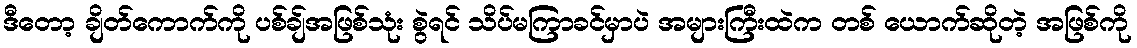
ဒီတော့ ချိတ်ကောက်ကို ပစ်ချ်အဖြစ်သုံး စွဲရင် သိပ်မကြာခင်မှာပဲ အများကြီးထဲက တစ် ယောက်ဆိုတဲ့ အဖြစ်ကို